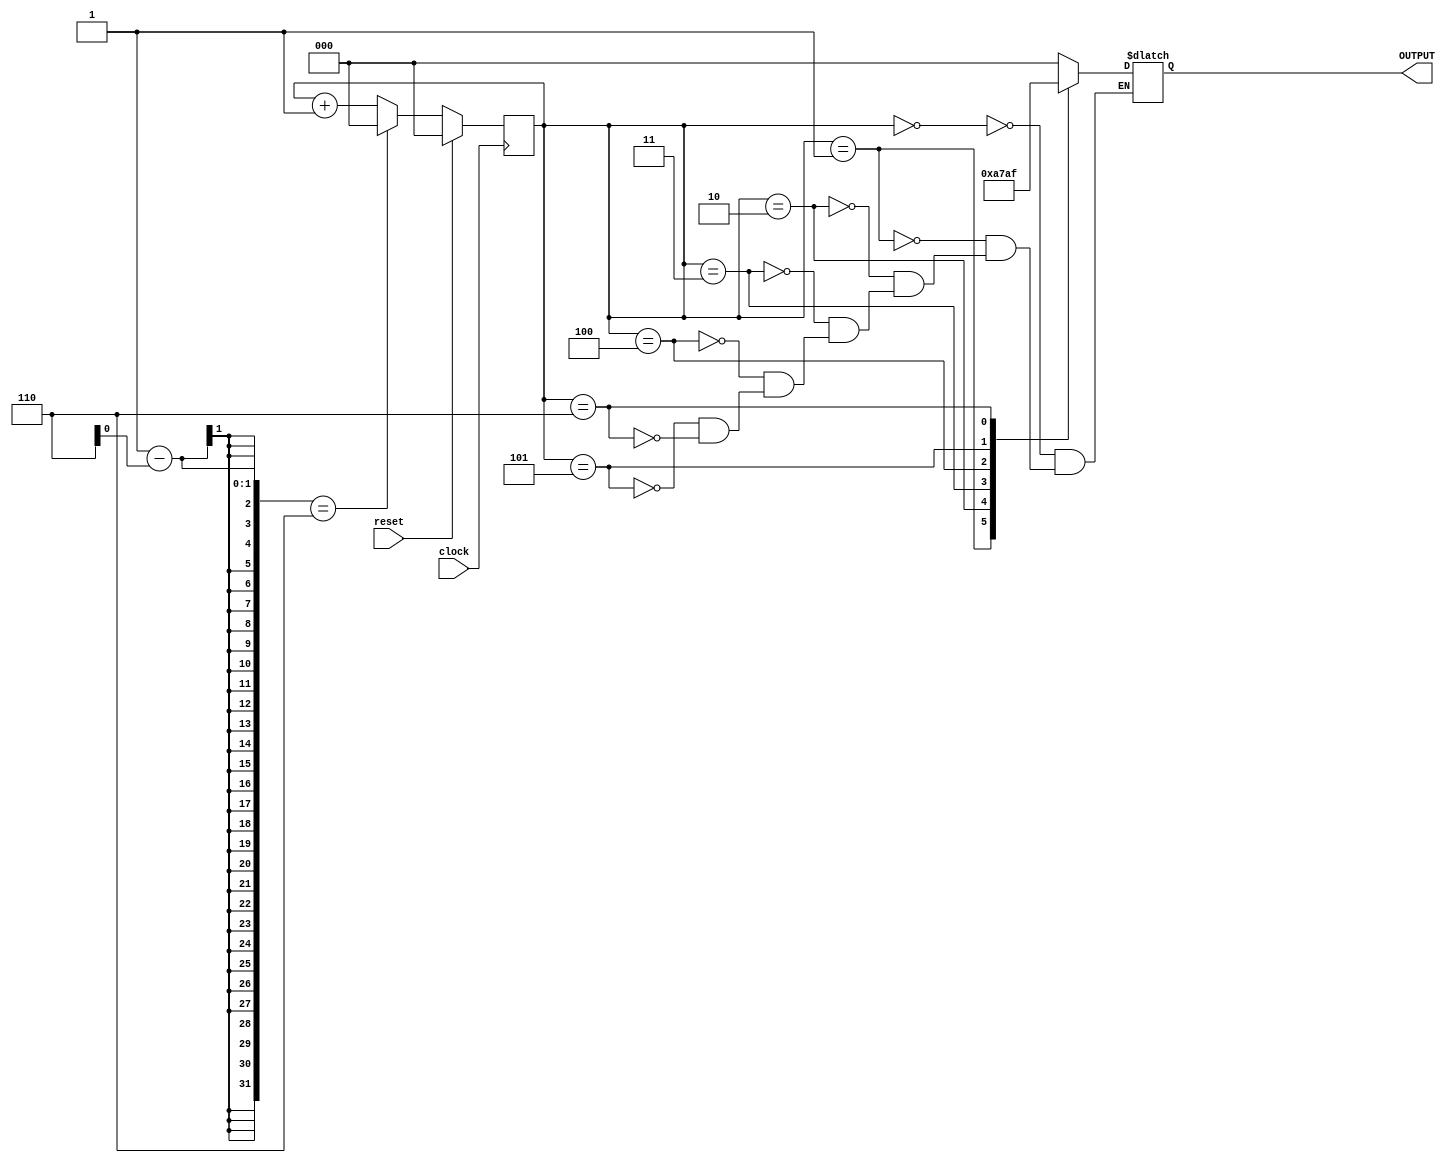
module jarbitraryCounter(OUTPUT, clock, reset);
  output reg [2:0] OUTPUT;
  input clock, reset;
  reg [2:0] COUNT;
  
  always @(posedge clock)
  begin
    if(reset)
      COUNT <= 0;
    else if (C-OUNT == 6)
      COUNT <= 0;
    else
      COUNT <= COUNT + 1;
  end
  
  always @(COUNT)
  begin
    case(COUNT)
      3'b000 : OUTPUT <= 3'b000;
      3'b001 : OUTPUT <= 3'b001;
      3'b010 : OUTPUT <= 3'b010;
      3'b011 : OUTPUT <= 3'b011;
      3'b100 : OUTPUT <= 3'b110;
      3'b101 : OUTPUT <= 3'b101;
      3'b110 : OUTPUT <= 3'b111;
    endcase
  end
  
endmodule